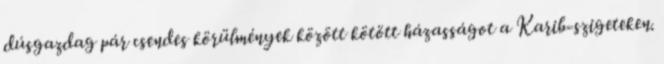
dúsgazdag pár csendes körülmények között kötött házasságot a Karib-szigeteken.